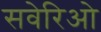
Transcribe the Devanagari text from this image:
सवेरिओ